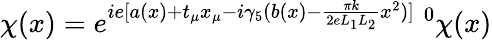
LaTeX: \chi(x)=e^{ie[a(x)+t_{\mu}x_{\mu}-i\gamma_{5}(b(x)-\frac{\pi k}{2eL_{1}L_{2}}x^{2})]}\; ^{0}\chi(x)